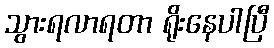
သွားရလာရတာ ရိုးနေပါပြီ